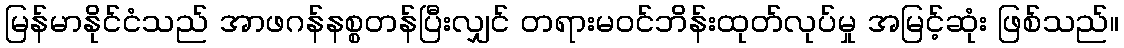
မြန်မာနိုင်ငံသည် အာဖဂန်နစ္စတန်ပြီးလျှင် တရားမဝင်ဘိန်းထုတ်လုပ်မှု အမြင့်ဆုံး ဖြစ်သည်။